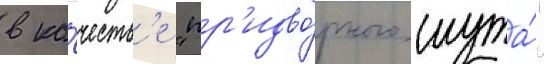
в ка́честв'е "пр'идво́рного шута́"